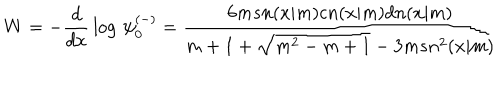
W = - { \frac { d } { d x } } \log \, \psi _ { 0 } ^ { ( - ) } = { \frac { 6 m s n ( x | m ) c n ( x | m ) d n ( x | m ) } { m + 1 + \sqrt { m ^ { 2 } - m + 1 } - 3 m s n ^ { 2 } ( x | m ) } }